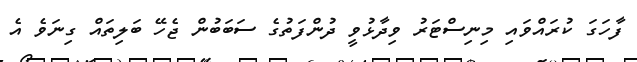
ފާހަގަ ކުރައްވައި މިނިސްޓަރު ވިދާޅުވީ ދުންފަތުގެ ސަބަބުން ޖެހޭ ބަލިތައް ގިނަވެ އެ